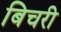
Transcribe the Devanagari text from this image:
बिचरी